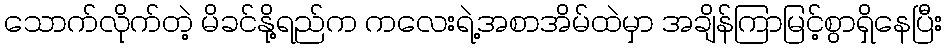
သောက်လိုက်တဲ့ မိခင်နို့ရည်က ကလေးရဲ့အစာအိမ်ထဲမှာ အချိန်ကြာမြင့်စွာရှိနေပြီး